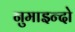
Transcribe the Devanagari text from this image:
नुमाइन्दो